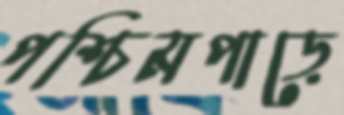
পশ্চিমপাড়ে